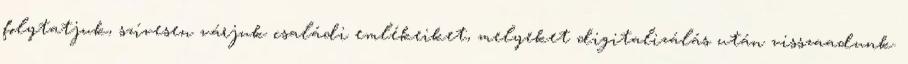
folytatjuk, szívesen várjuk családi emlékeiket, melyeket digitalizálás után visszaadunk.